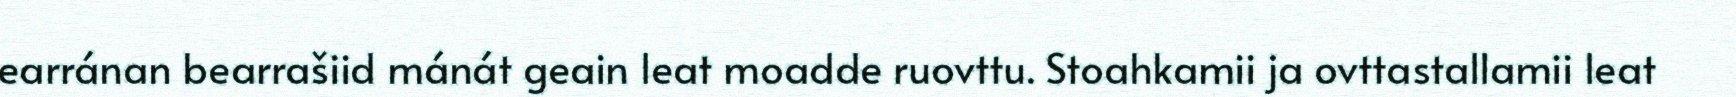
earránan bearrašiid mánát geain leat moadde ruovttu. Stoahkamii ja ovttastallamii leat